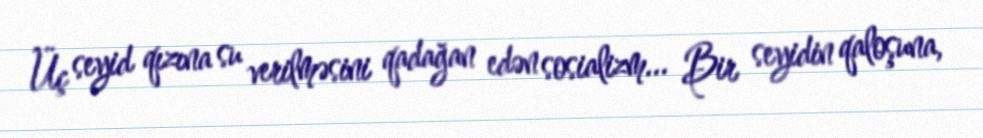
Üç seyid qızına su verilməsini qadağan edən sosializm... Bir seyidin qaloşuna,